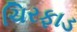
ચિરફાડ